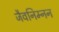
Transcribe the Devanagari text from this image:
जैवनिम्नन